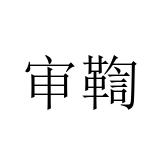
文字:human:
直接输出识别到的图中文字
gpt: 审鞫